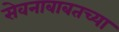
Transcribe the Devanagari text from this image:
सेवनाबाबतच्या